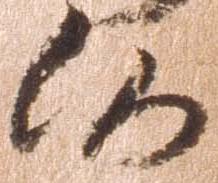
候